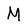
Character: M